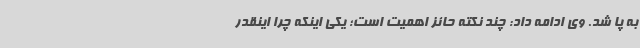
به پا شد. وی ادامه داد: چند نکته حائز اهمیت است؛ یکی اینکه چرا اینقدر